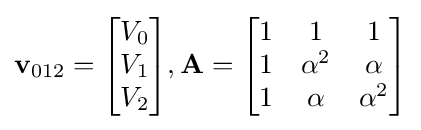
\mathbf {v} _{012}={\begin{bmatrix}V_{0}\\V_{1}\\V_{2}\end{bmatrix}},{\textbf {A}}={\begin{bmatrix}1&1&1\\1&\alpha ^{2}&\alpha \\1&\alpha &\alpha ^{2}\end{bmatrix}}